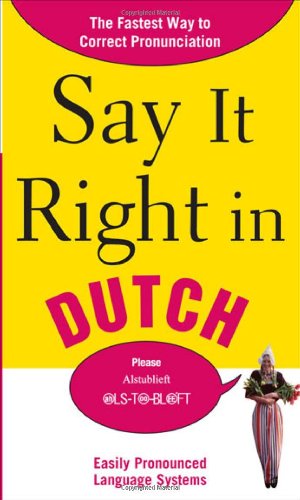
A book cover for Say It Right in Dutch: The Fastest Way to Correct Pronunciation (Say It Right! Series); EPLS; Travel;